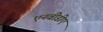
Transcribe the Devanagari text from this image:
एनवीडीए